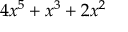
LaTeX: \, 4 x ^ { 5 } + x ^ { 3 } + 2 x ^ { 2 }